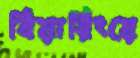
বিয়ারিংয়ে